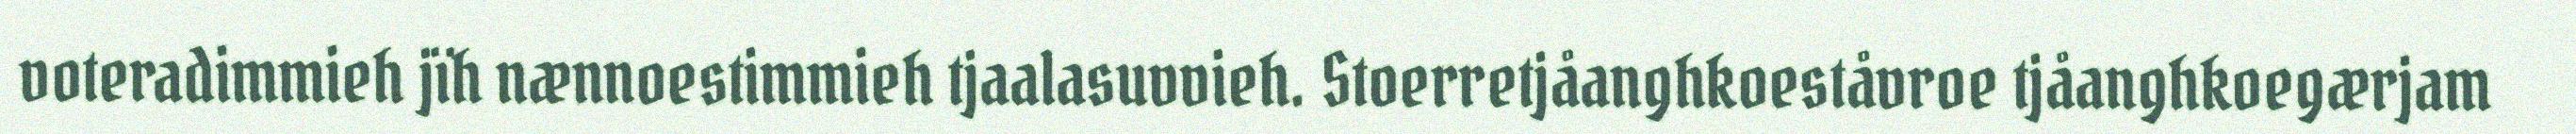
voteradimmieh jïh nænnoestimmieh tjaalasuvvieh. Stoerretjåanghkoeståvroe tjåanghkoegærjam